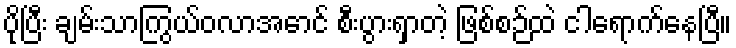
ပိုပြီး ချမ်းသာကြွယ်ဝလာအောင် စီးပွားရှာတဲ့ ဖြစ်စဉ်ထဲ ငါရောက်နေပြီ။